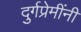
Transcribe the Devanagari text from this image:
दुर्गप्रेमींनी